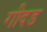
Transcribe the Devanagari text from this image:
गीदड